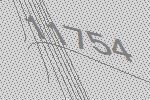
11754